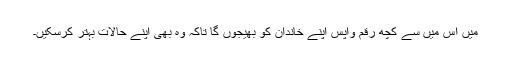
میں اس میں سے کچھ رقم واپس اپنے خاندان کو بھیجوں گا تاکہ وہ بھی اپنے حالات بہتر کرسکیں۔